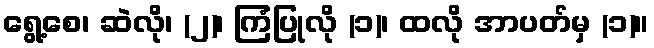
ရွေ့စေ၊ ဆဲလို၊ (၂)၊ ကြံပြုလို (၁)၊ ထလို အာပတ်မှ (၁)။